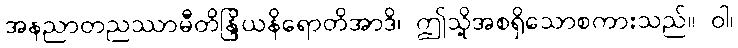
အနညာတညဿာမီတိန္ဒြိယနိရောတိအာဒိ၊ ဤသို့အစရှိသောစကားသည်။ ဝါ၊